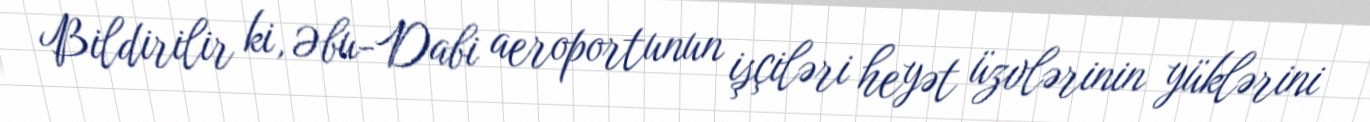
Bildirilir ki, Əbu-Dabi aeroportunun işçiləri heyət üzvlərinin yüklərini